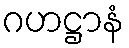
ဂဟဋ္ဌာနံ